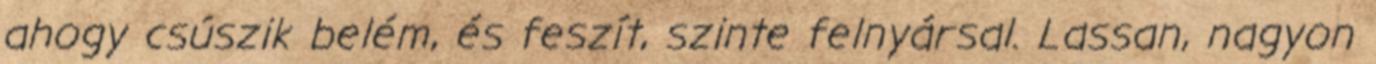
ahogy csúszik belém, és feszít, szinte felnyársal. Lassan, nagyon